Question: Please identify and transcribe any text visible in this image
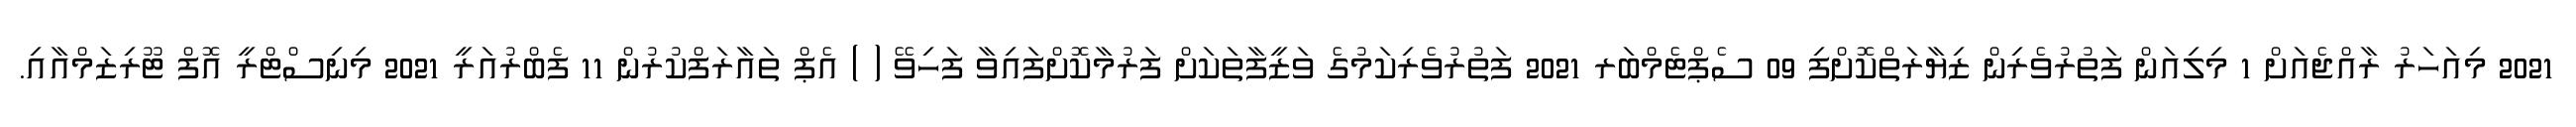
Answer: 2021 މިއަހަރު ރާއްޖެއަށް 1 މިލިއަން ފަތުރުވެރިން ޒިޔާރަތްކޮށްފި 09 ސެޕްޓެމްބަރ 2021 ފަތުރުވެރިކަމުގެ ވަޒީފާތަކަށް ފަރުމާކޮށްފައިވާ ފަހިވޭ ( ) އެޕް ތައާރަފްކުރުން 11 ފެބްރުއަރީ 2021 މިނިސްޓްރީ އޮފް ޓޫރިޒަމްއާއި.